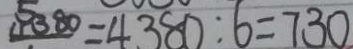
1 1 3 8 0 = 4 3 8 0 : 6 = 7 3 0